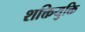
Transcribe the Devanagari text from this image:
शक्तियुक्ति